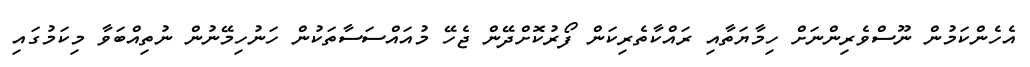
އެހެންކަމުން ނޫސްވެރިންނަށް ހިމާޔަތާއި ރައްކާތެރިކަން ފޯރުކޮށްދޭން ޖެހޭ މުއައްސަސާތަކުން ހަނުހިމޭނުން ނުތިއްބަވާ މިކަމުގައި